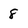
Character: 8